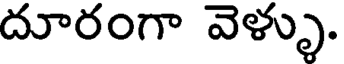
దూరంగా వెళ్ళు.